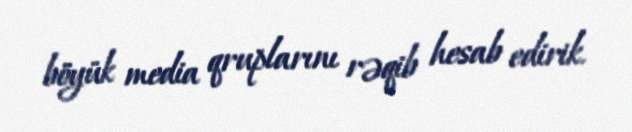
böyük media qruplarını rəqib hesab edirik.